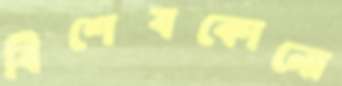
বিশেষকোনো